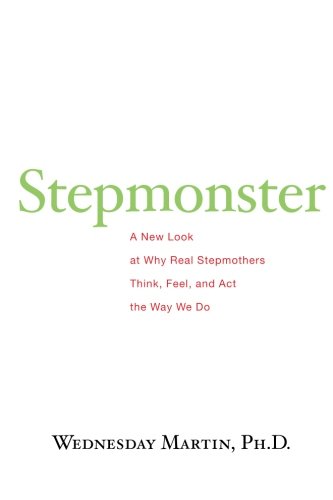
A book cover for Stepmonster: A New Look at Why Real Stepmothers Think, Feel, and Act the Way We Do; Wednesday Martin Ph.D.; Parenting & Relationships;